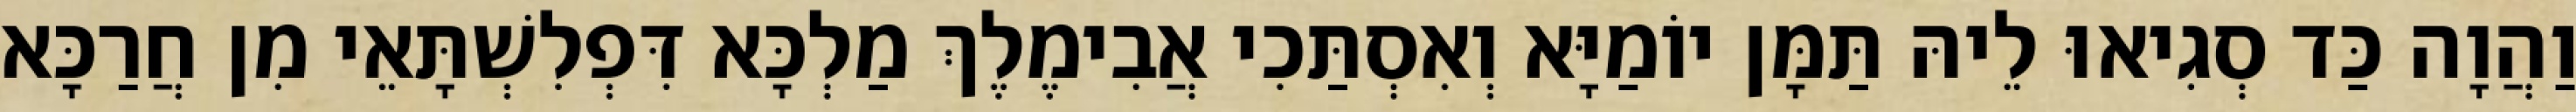
וַהֲוָה כַּד סְגִיאוּ לֵיהּ תַּמָּן יוֹמַיָּא וְאִסְתַּכִי אֲבִימֶלֶךְ מַלְכָּא דִּפְלִשְׁתָּאֵי מִן חֲרַכָּא